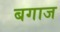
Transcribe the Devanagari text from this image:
बगाज